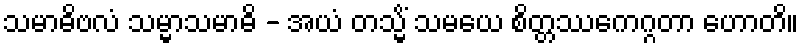
သမာဓိဗလံ သမ္မာသမာဓိ - အယံ တသ္မိံ သမယေ စိတ္တဿေကဂ္ဂတာ ဟောတိ။